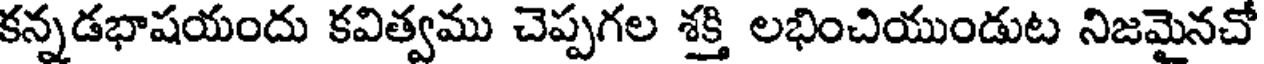
కన్నడభాషయందు కవిత్వము చెప్పగల శక్తి లభించియుండుట నిజమైనచో